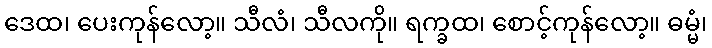
ဒေထ၊ ပေးကုန်လော့။ သီလံ၊ သီလကို။ ရက္ခထ၊ စောင့်ကုန်လော့။ ဓမ္မံ၊